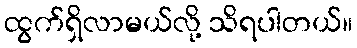
ထွက်ရှိလာမယ်လို့ သိရပါတယ်။